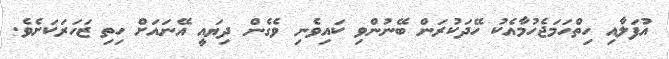
އުފަލާއި ހިތްހަމަޖެހުމާއެކު ހޭދަކުރަން ބޭނުންވި ކައިވެނި ވެގެން ދިޔައީ އޭނައަށް ހިތި ޒަހަރަކަށެވެ.